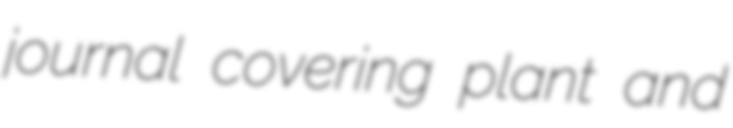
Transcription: journal covering plant and